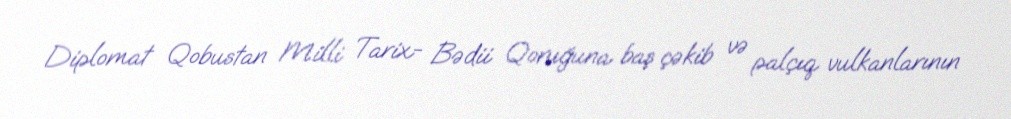
Diplomat Qobustan Milli Tarix- Bədii Qoruğuna baş çəkib və palçıq vulkanlarının